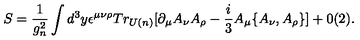
S = \frac { 1 } { g _ { n } ^ { 2 } } \int d ^ { 3 } y \epsilon ^ { \mu \nu \rho } T r _ { U ( n ) } \lbrack \partial _ { \mu } A _ { \nu } A _ { \rho } - \frac { i } { 3 } A _ { \mu } \{ A _ { \nu } , A _ { \rho } \} \rbrack + 0 ( 2 ) .